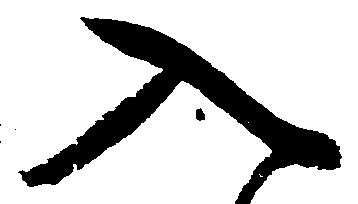
入